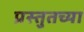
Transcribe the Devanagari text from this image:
प्रस्तुतच्या